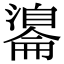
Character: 𦤢